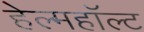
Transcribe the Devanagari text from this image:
हेल्महॉल्ट